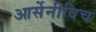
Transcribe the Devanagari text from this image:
आर्सेनीविच